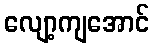
လျော့ကျအောင်